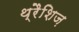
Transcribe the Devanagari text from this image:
थ्रैशिज़